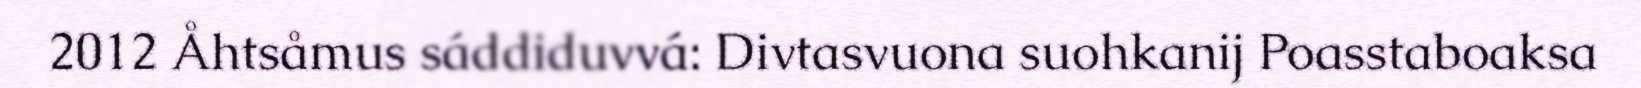
2012 Åhtsåmus sáddiduvvá: Divtasvuona suohkanij Poasstaboaksa